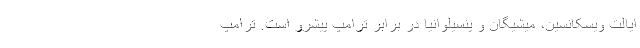
ایالت ویسکانسین، میشیگان و پنسیلوانیا در برابر ترامپ پیشرو است. ترامپ